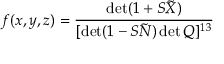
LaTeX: f ( x , y , z ) = \frac { \operatorname * { d e t } ( 1 + S \tilde { X } ) } { [ \operatorname * { d e t } ( 1 - S \tilde { N } ) \operatorname * { d e t } Q ] ^ { 1 3 } }